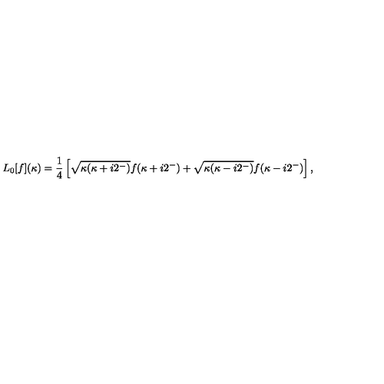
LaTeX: L _ { 0 } [ f ] ( \kappa ) = \frac { 1 } { 4 } \left[ \sqrt { \kappa ( \kappa + i 2 ^ { - } ) } f ( \kappa + i 2 ^ { - } ) + \sqrt { \kappa ( \kappa - i 2 ^ { - } ) } f ( \kappa - i 2 ^ { - } ) \right] ,